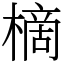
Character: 樀